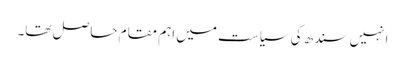
انہیں سندھ کی سیاست میں اہم مقام حاصل تھا۔